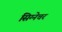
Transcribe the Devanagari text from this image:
सिग्‍नेचर